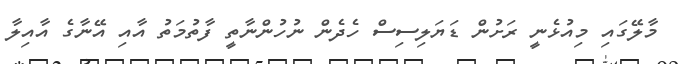
މާލޭގައި މިއުޅެނީ ރަށުން ޑަޔަލިސިސް ހެދެން ނުހުންނާތީ ފާތުމަތު އާއި އޭނާގެ އާއިލާ